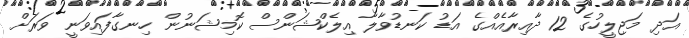
އަދި މަޖިލީހުގެ 12 ދާއިރާއެއްގެ އަޑު ކަނޑުވާލާ އިލެކްޝަންސް ކޮމިޝަނުން ހިނގާފައިވަނީ ވަރަށް